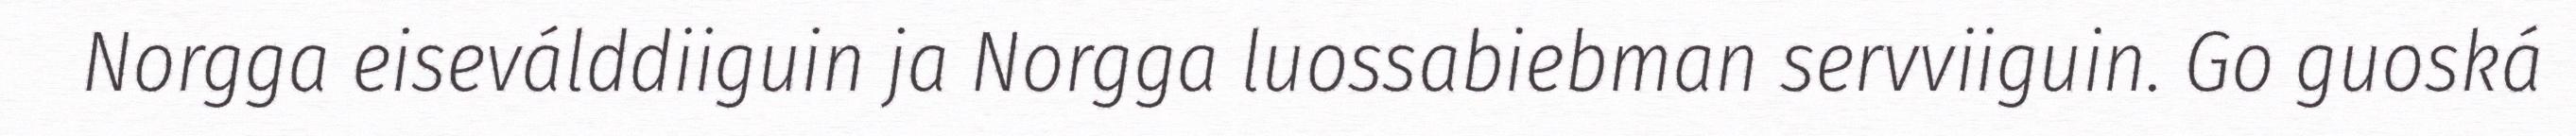
Norgga eiseválddiiguin ja Norgga luossabiebman servviiguin. Go guoská